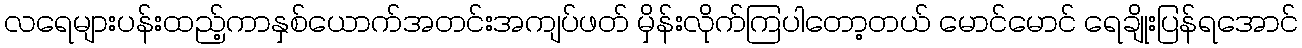
လရေများပန်းထည့်ကာနှစ်ယောက်အတင်းအကျပ်ဖတ် မှိန်းလိုက်ကြပါတော့တယ် မောင်မောင် ရေချိုးပြန်ရအောင်